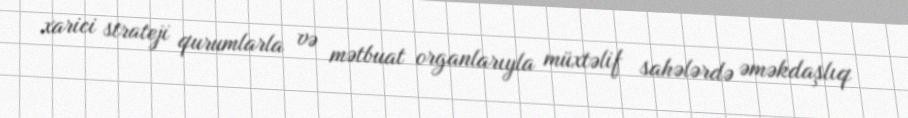
xarici strateji qurumlarla və mətbuat organlarıyla müxtəlif sahələrdə əməkdaşlıq